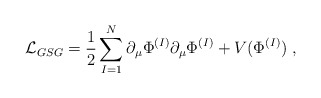
\begin{align*}{\cal L}_{GSG} =\frac{1}{2} \sum_{I=1}^N \partial_\mu \Phi^{(I)} \partial_\mu \Phi^{(I)}+ V( \Phi^{(I)} ) \; ,\end{align*}